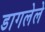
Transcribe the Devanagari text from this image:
डागलेले